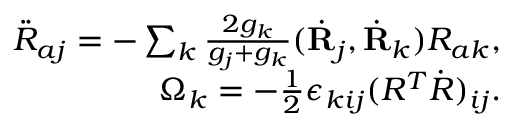
\begin{array} { r } { \ddot { R } _ { a j } = - \sum _ { k } \frac { 2 g _ { k } } { g _ { j } + g _ { k } } ( \dot { \bf R } _ { j } , \dot { \bf R } _ { k } ) R _ { a k } , } \\ { \Omega _ { k } = - \frac 1 2 \epsilon _ { k i j } ( R ^ { T } \dot { R } ) _ { i j } . } \end{array}